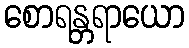
စောရန္တရာယော